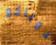
دوباكو